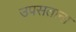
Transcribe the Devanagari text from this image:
उपसताना